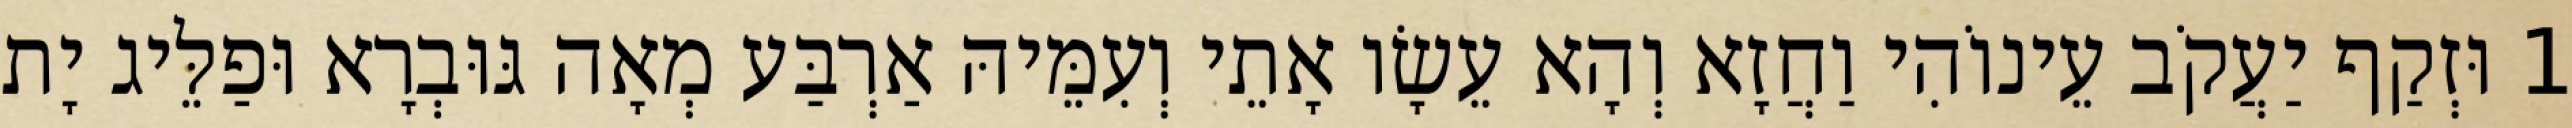
1 וּזְקַף יַעֲקֹב עֵינוֹהִי וַחֲזָא וְהָא עֵשָׂו אָתֵי וְעִמֵּיהּ אַרְבַּע מְאָה גּוּבְרָא וּפַלֵּיג יָת